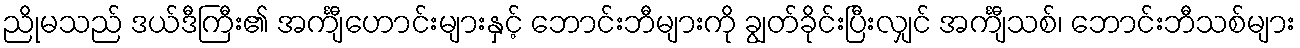
ညိုမသည် ဒယ်ဒီကြီး၏ အင်္ကျီဟောင်းများနှင့် ဘောင်းဘီများကို ချွတ်ခိုင်းပြီးလျှင် အင်္ကျီသစ်၊ ဘောင်းဘီသစ်များ